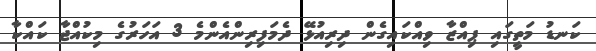
ކަނޑު މަތީގައި ޕިއްޒާ ވިއްކައިގެން ދިރިއުޅޭ ދެމަފިރިންއެންމެ 3 އަހަރުގެ މިކުއްޖާ ކައްކާ